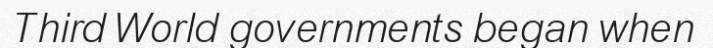
Third World governments began when